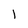
Character: l